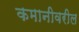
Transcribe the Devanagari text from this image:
कमानीवरील